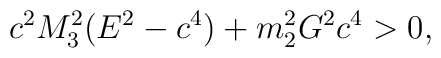
c^{2}M_{3}^{2}(E^{2} - c^{4}) + m_{2}^{2}G^{2}c^{4} > 0,